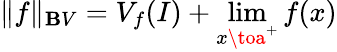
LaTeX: \| f\| _{\mathbf{B}V}=V_{f}(I)+\lim_{x\toa^{+}}f(x)